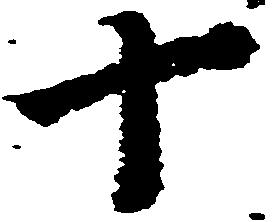
十